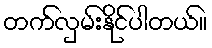
တက်လှမ်းနိုင်ပါတယ်။